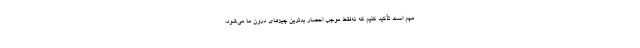
مهم است تأکید کنیم که نه‌فقط موجب احضارِ بدترین چیزهای درون ما می‌شود،